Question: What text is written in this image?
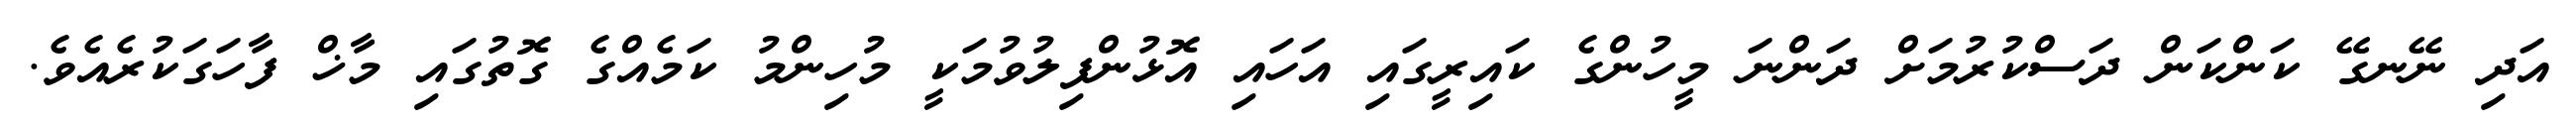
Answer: އަދި ނޭނގޭ ކަންކަން ދަސްކުރުމަށް ދަންނަ މީހުންގެ ކައިރީގައި އަހައި އޮޅުންފިލުވުމަކީ މުހިންމު ކަމެއްގެ ގޮތުގައި މާޚް ފާހަގަކުރެއެވެ.